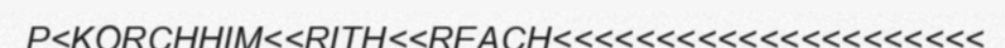
P<KORCHHIM<<RITH<<REACH<<<<<<<<<<<<<<<<<<<<<